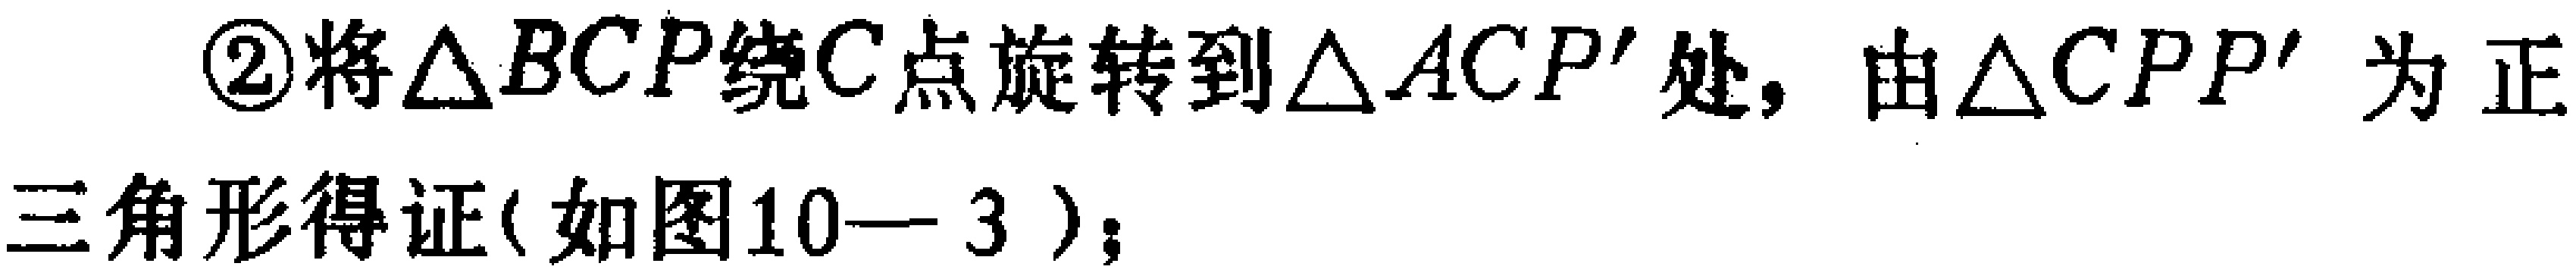
\textcircled{2}将\(\triangle BCP\)绕\(C\)点旋转到\(\triangle ACP'\)处，由\(\triangle CPP'\)为正三角形得证(如图10—3)；